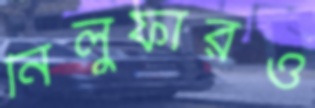
নিলুফারও